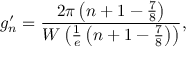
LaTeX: g _ { n } ^ { \prime } = { \frac { 2 \pi \left( n + 1 - { \frac { 7 } { 8 } } \right) } { W \left( { \frac { 1 } { e } } \left( n + 1 - { \frac { 7 } { 8 } } \right) \right) } } ,